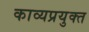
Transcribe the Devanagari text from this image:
काव्यप्रयुक्त